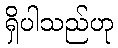
ရှိပါသည်ဟု